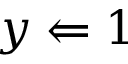
y \Leftarrow 1